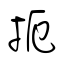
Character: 扼